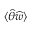
\langle \widehat \theta \widehat w \rangle